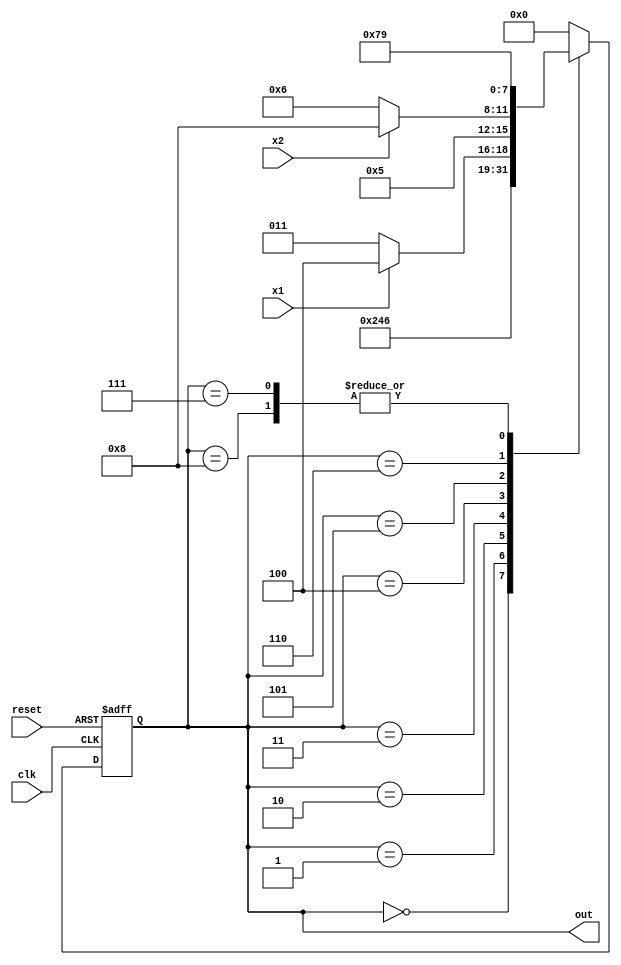
module MPA(
input clk, x1, x2, reset,
output [3:0] out
);	
reg[3:0] state;
parameter s_Y0 = 4'd0, s_Y1 = 4'd1, s_Y2 = 4'd2, s_Y3 = 4'd3, s_Y4 = 4'd4, 
s_Y5 = 4'd5, s_Y6 = 4'd6, s_Y7 = 4'd7, s_Y8 = 4'd8, s_Yk = 4'd9;

always@(posedge clk, posedge reset) begin
if (reset)
	state <= s_Y0;
else
	case (state)
	s_Y0: state <= s_Y1;
	s_Y1: state <= s_Y2;
	s_Y2: state <= s_Y3;
	s_Y3: state <= (x1) ? s_Y4 : s_Y3;
	s_Y4: state <= s_Y5;
	s_Y5: state <= (x2) ? s_Y8 : s_Y6;
	s_Y6: state <= s_Y7;
	s_Y7, s_Y8: state <= s_Yk;
	default: state <= s_Y0;
	endcase
end

assign out = state;

endmodule